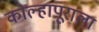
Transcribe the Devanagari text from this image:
कोल्हापूराला